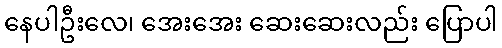
နေပါဦးလေ၊ အေးအေး ဆေးဆေးလည်း ပြောပါ